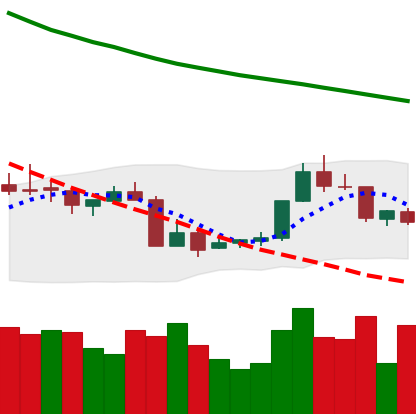
Ticker: XMR-USD
Chart end date: 2018-07-22
Forward return: 8.809%
Label: up_7plus